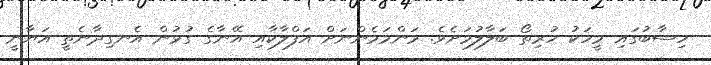
ހިސާބުގައި މީހަކު ހުރިތޯ ބަލާލުމަށެވެ. މަންމަމެންނަށް އަފްލާކާއި އޭނާގެ ގުޅުން އެނގިދާނެތީ އަޔާނީ